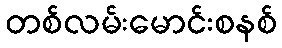
တစ်လမ်းမောင်းစနစ်